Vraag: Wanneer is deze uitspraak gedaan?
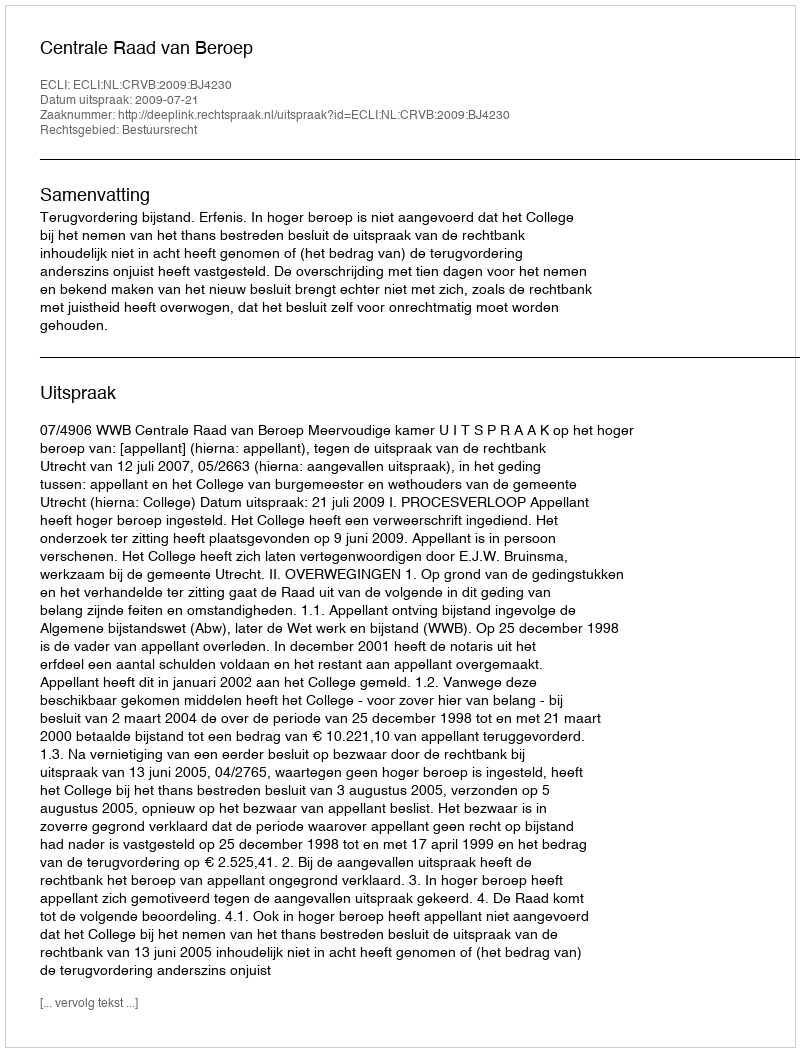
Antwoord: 2009-07-21